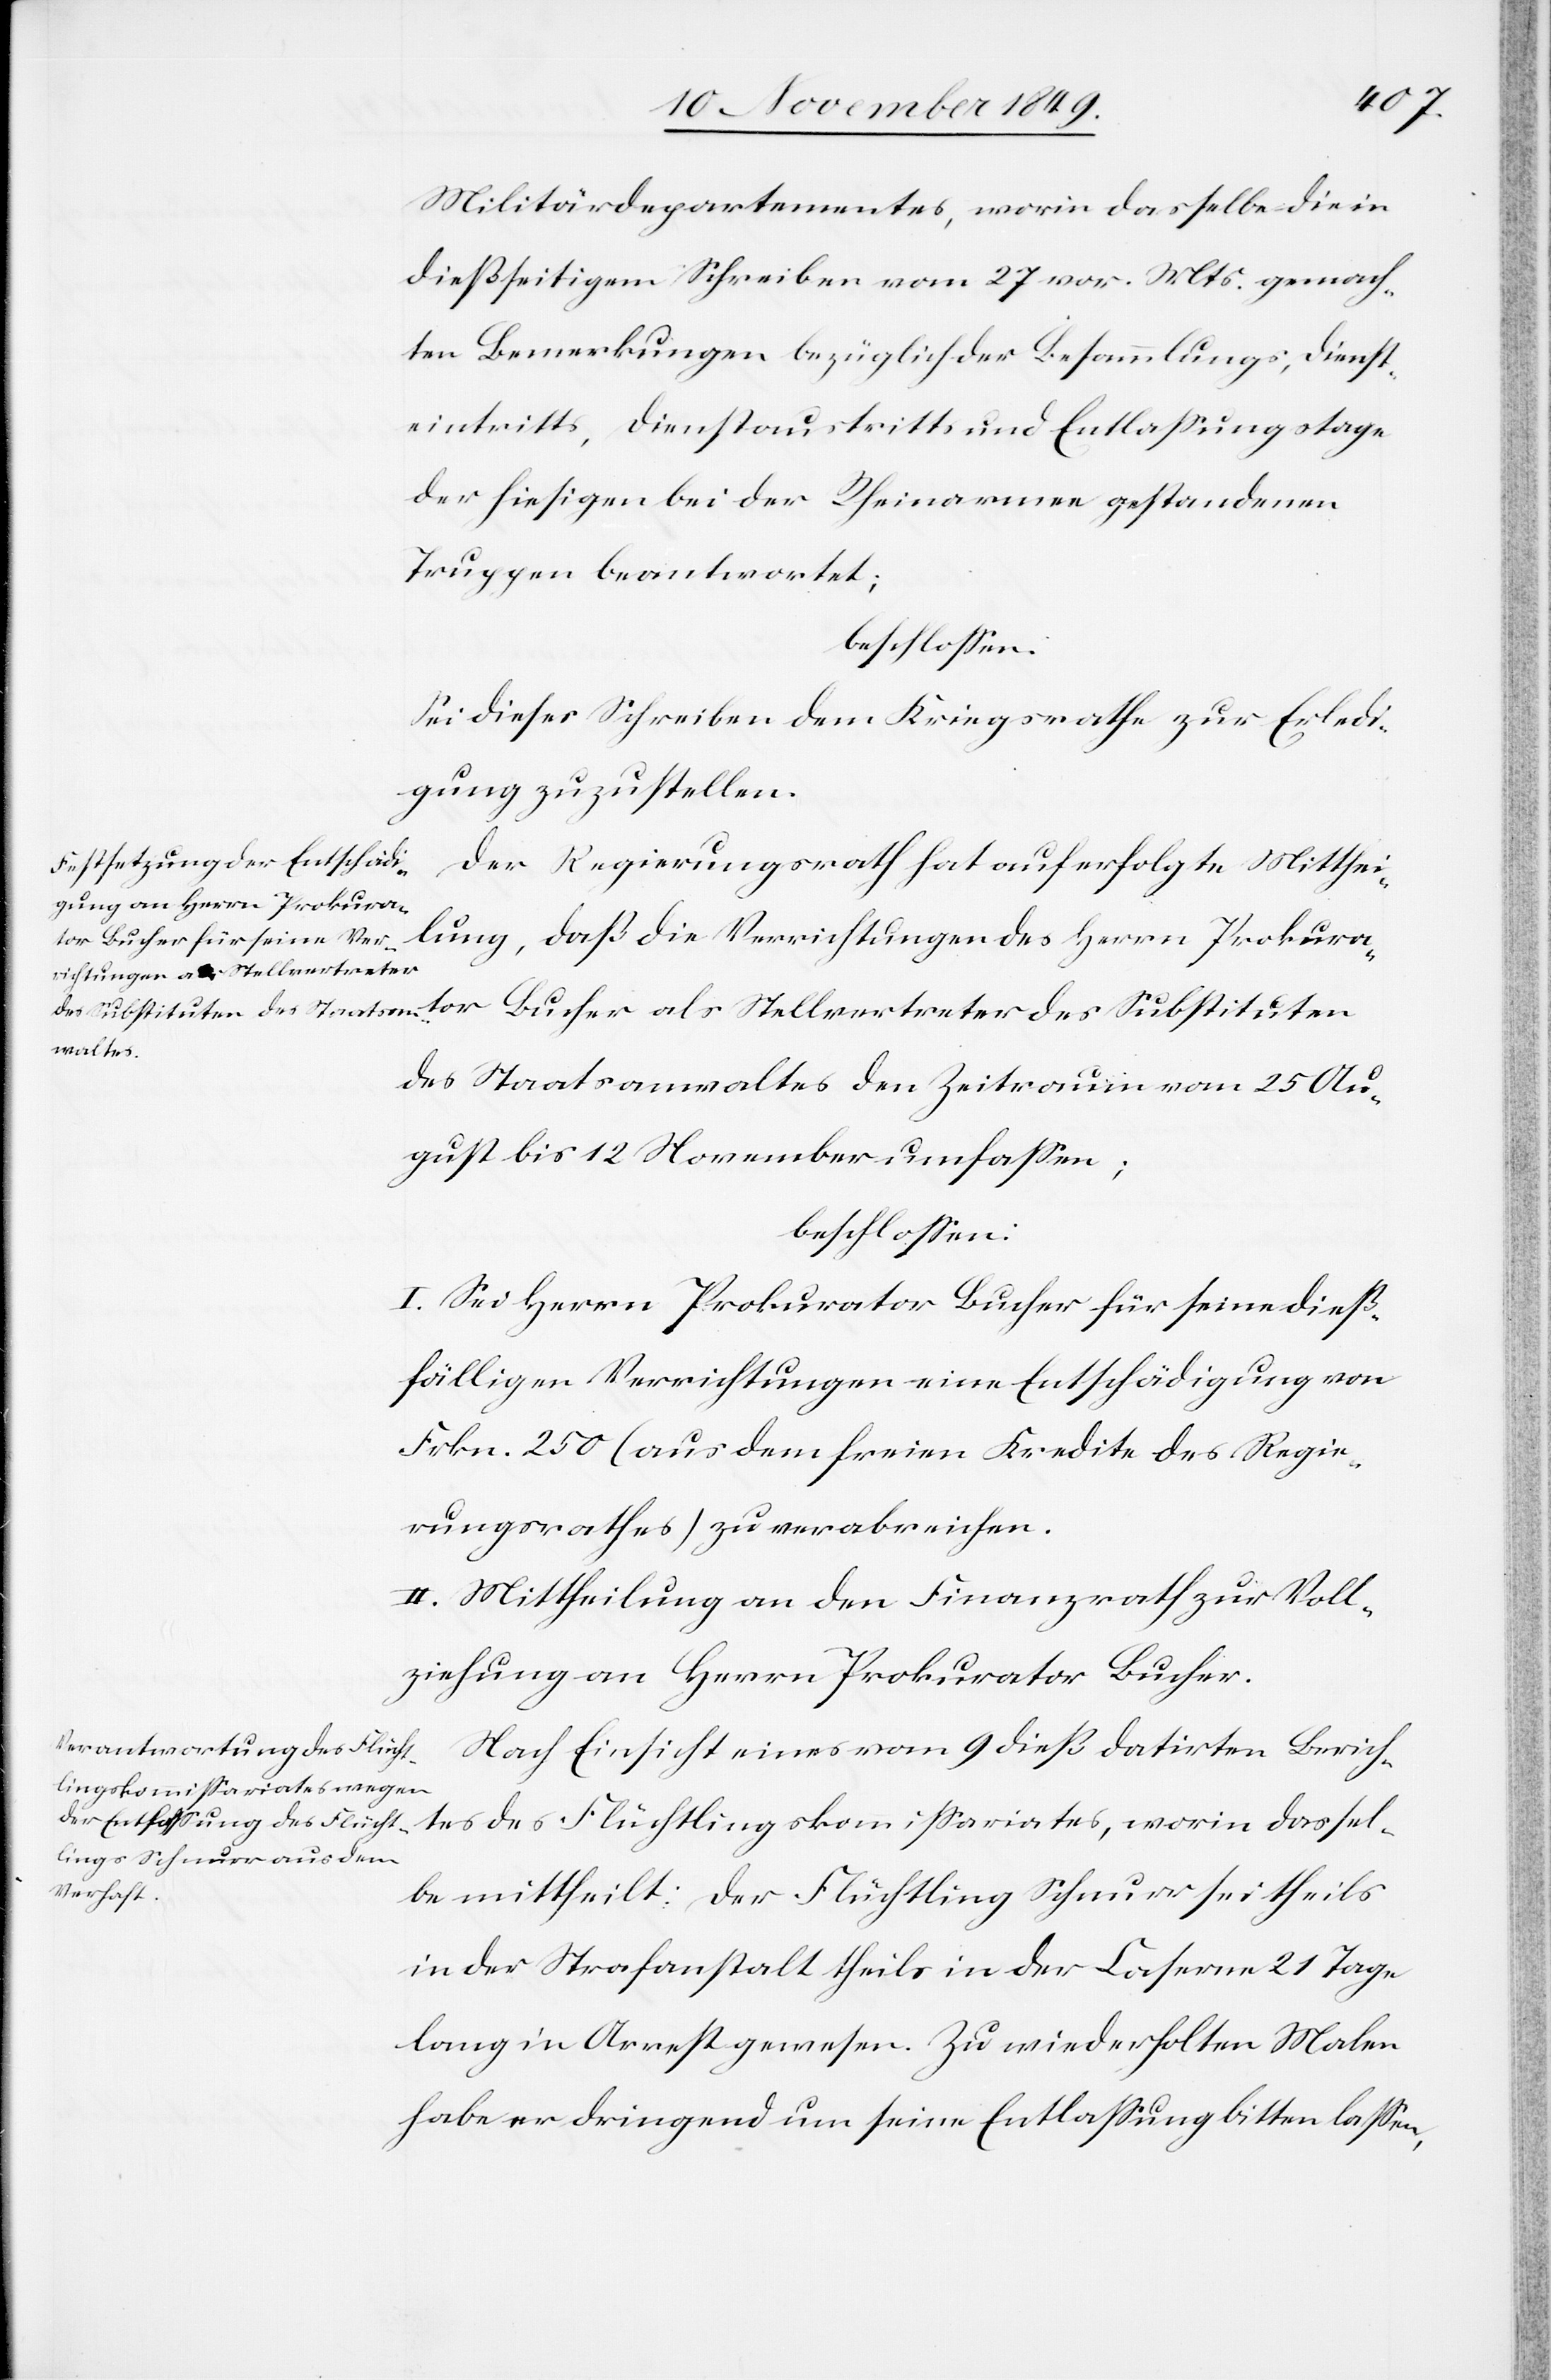
tor
Militärdepartementes, worin dasselbe die in
dießseitigem Schreiben vom 27 v. Mts. gemach¬
ten Bemerkungen bezüglich der Besammlung, Dienst¬
eintritts, Dienstaustritts und Entlaßungstage
der hiesigen bei der Rheinarmee gestandenen
Truppen beantwortet;
beschloßen:
Sei dieses Schreiben dem Kriegsrathe zur Erledi¬
gung zuzustellen.
Der Regierungsrath hat auf erfolgte Mitthei¬
ungen des Herrn Prokura¬
des Staatsanwaltes den Zeitraum vom 25 Au¬
gust bis 12 November umfaßen:
beschloßen:
I. Sei Herrn Prokurator Bucher für seine dieß¬
fälligen Verrichtungen eine Entschädigung von
Frkn. 250 (aus dem freien Kredite des Regie¬
rungsrathes) zu verabreichen.
II. Mittheilung an den Finanzrath zur Voll¬
ziehung an Herrn Prokurator Bucher.
Nach Einsicht eines vom 9 dieß datirten Berich¬
tes des Flüchtlingskommißariates, worin dassel¬
Verricht¬
be mittheilt: Der Flüchtling Schnurr sei theils
in der Strafanstalt theils in der Caserne 21 Tage
lang in Arrest gewesen. Zu wiederholten Malen
habe er dringend um seine Entlaßung bitten laßen,